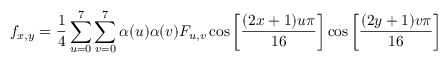
f _ { x , y } = { \frac { 1 } { 4 } } \sum _ { u = 0 } ^ { 7 } \sum _ { v = 0 } ^ { 7 } \alpha ( u ) \alpha ( v ) F _ { u , v } \cos \left[ { \frac { ( 2 x + 1 ) u \pi } { 1 6 } } \right] \cos \left[ { \frac { ( 2 y + 1 ) v \pi } { 1 6 } } \right]